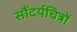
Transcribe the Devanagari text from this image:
सौंदर्यचित्रों